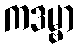
ကဒမ္ဗာ